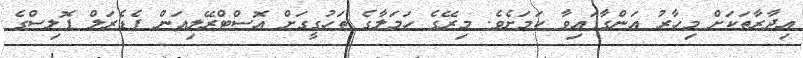
އިދާރާތަކަށް މިހާރު އަންގާފައިވާ ކަމަށެވެ. މިރޭގެ ހަމަލާގެ ތަހުގީގަށް އޮސްޓްރޭލިއަން ފެޑެރަލް ޕޮލިސްގެ